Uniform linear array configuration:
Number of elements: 48
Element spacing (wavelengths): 0.25
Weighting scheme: exponential
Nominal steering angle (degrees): -15
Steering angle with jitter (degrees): -14.689
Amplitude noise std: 0.05
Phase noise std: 0.05

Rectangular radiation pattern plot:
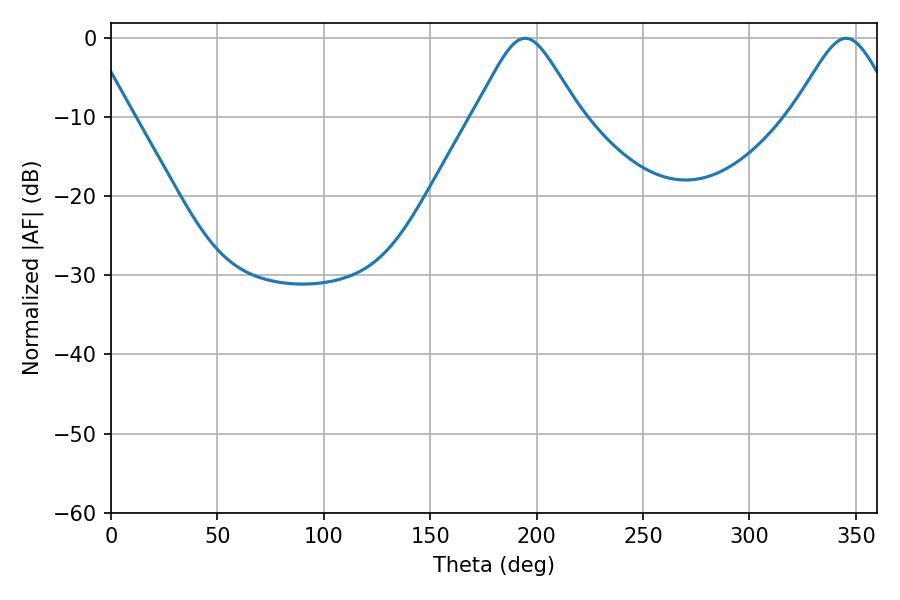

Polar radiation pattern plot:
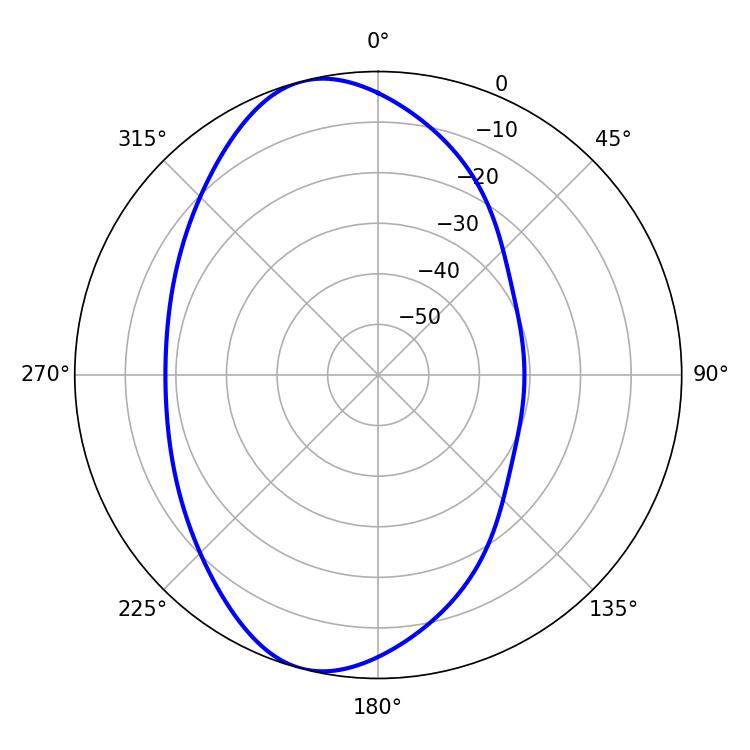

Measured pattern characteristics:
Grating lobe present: FALSE
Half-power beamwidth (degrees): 23.94
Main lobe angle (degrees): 194.58